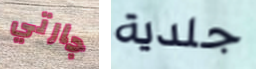
جارتي جلدية